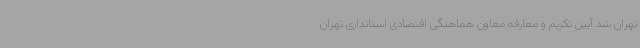
تهران شد آیین تکریم و معارفه معاون هماهنگی اقتصادی استانداری تهران